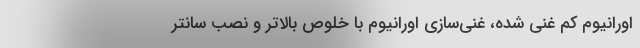
اورانیوم کم غنی شده، غنی‌سازی اورانیوم با خلوص بالاتر و نصب سانتر